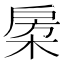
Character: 𣓯